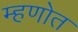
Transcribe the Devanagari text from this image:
म्हणोत